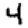
Digit: 4